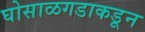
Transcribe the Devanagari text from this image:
घोसाळगडाकडून